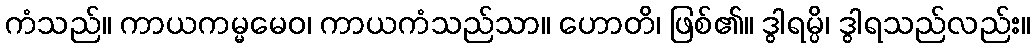
ကံသည်။ ကာယကမ္မမေဝ၊ ကာယကံသည်သာ။ ဟောတိ၊ ဖြစ်၏။ ဒွါရမ္ပိ၊ ဒွါရသည်လည်း။